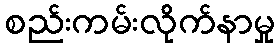
စည်းကမ်းလိုက်နာမှု